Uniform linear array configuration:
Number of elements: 48
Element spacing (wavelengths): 0.25
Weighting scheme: kaiser
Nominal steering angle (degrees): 0
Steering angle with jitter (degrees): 0.1572
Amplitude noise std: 0.05
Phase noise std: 0.05

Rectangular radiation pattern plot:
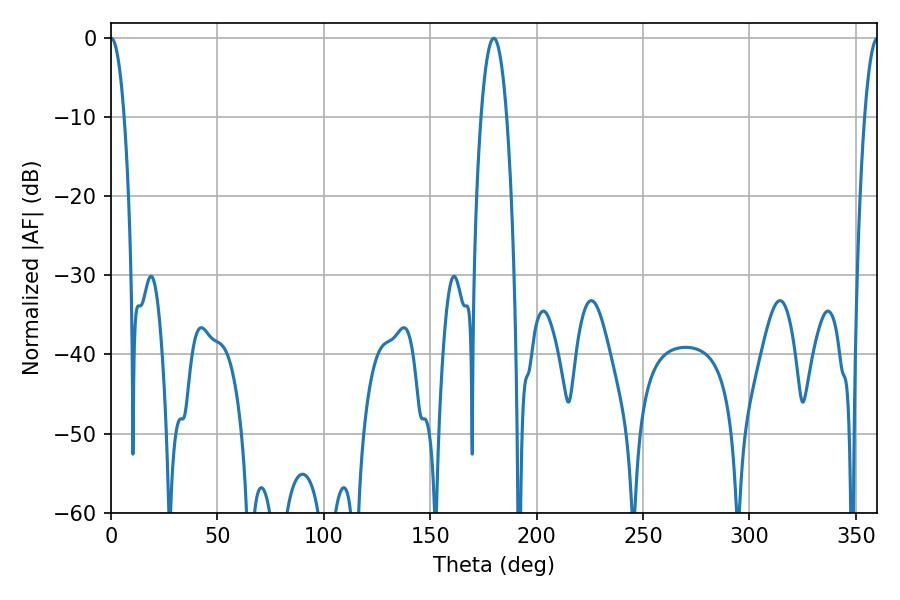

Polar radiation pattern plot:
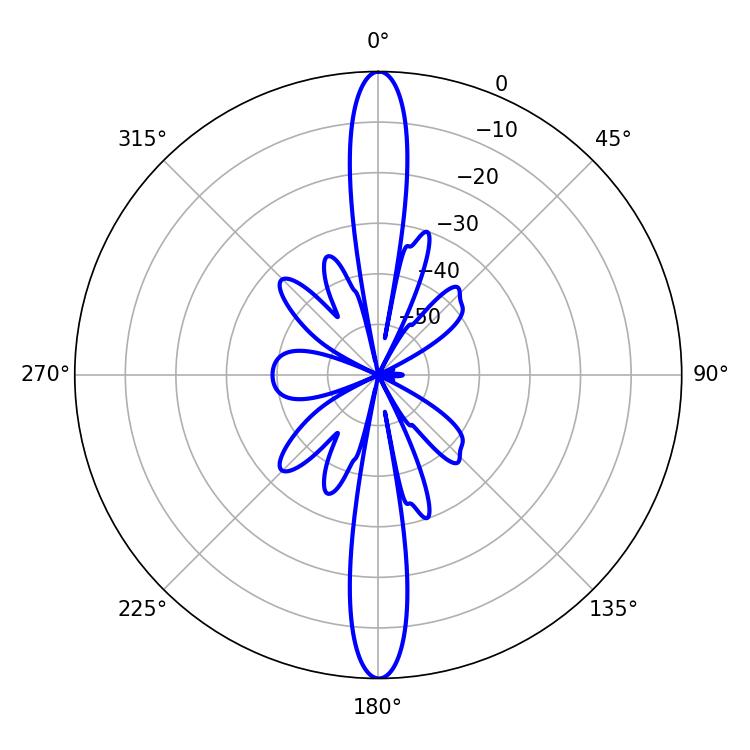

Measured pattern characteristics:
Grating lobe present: FALSE
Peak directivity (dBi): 36.219
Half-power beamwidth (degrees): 3.42
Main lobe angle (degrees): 0.18